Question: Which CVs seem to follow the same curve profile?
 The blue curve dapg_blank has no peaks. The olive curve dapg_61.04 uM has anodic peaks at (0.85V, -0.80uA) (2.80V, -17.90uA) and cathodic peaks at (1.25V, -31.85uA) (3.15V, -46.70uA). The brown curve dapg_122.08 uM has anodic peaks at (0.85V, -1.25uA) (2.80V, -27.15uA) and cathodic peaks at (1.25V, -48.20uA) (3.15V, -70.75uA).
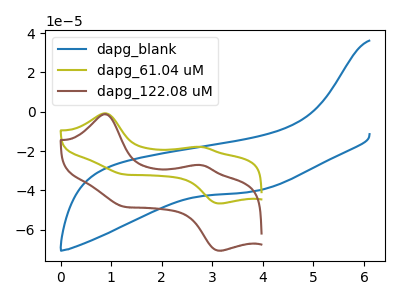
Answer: <think>"dapg_blank" and "dapg_61.04 uM" have a different number of peaks. "dapg_blank" and "dapg_122.08 uM" have a different number of peaks. All the peaks in "dapg_61.04 uM" have a peak in "dapg_122.08 uM" at the same potential.
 </think>
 <answer>"dapg_122.08 uM" and "dapg_61.04 uM" have the same shape and are likely CV's of the same chemical.</answer>
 <eval>"dapg_122.08 uM" "dapg_61.04 uM"</eval>